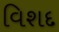
વિશદ